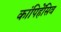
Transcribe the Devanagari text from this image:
कांपिहेंसिव